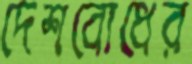
দেশবোধের